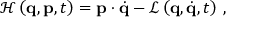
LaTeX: { \mathcal { H } } \left( \mathbf { q } , \mathbf { p } , t \right) = \mathbf { p } \cdot { \dot { \mathbf { q } } } - { \mathcal { L } } \left( \mathbf { q } , { \dot { \mathbf { q } } } , t \right) \, ,